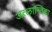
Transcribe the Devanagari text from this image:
अत्लान्तिका